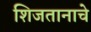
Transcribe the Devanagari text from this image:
शिजतानाचे